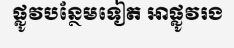
ផ្លូវបន្ថែមទៀត អាផ្លូវរង